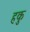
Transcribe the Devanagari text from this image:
हकु